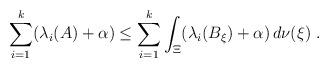
LaTeX: \begin{align*}\sum_{i=1}^k (\lambda_i(A)+\alpha)\leq \sum_{i=1}^k \int_\Xi (\lambda_i(B_\xi)+\alpha)\, d\nu(\xi)\ .\end{align*}